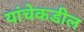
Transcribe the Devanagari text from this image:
यांचेकडील